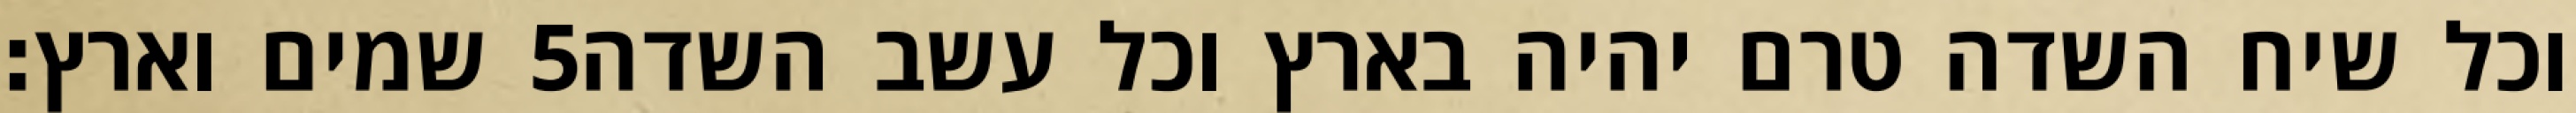
שמים וארץ׃ ‎5‏ וכל שיח השדה טרם יהיה בארץ וכל עשב השדה